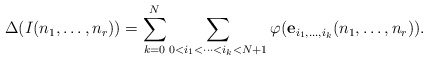
\begin{align*}\Delta(I(n_1,\ldots,n_r)) =\sum_{k=0}^N \sum_{ 0<i_1<\cdots<i_k<N+1} \varphi({\bf e}_{i_1,\ldots,i_k} (n_1,\ldots,n_r)).\end{align*}